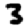
Digit: 3